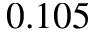
0 . 1 0 5